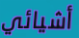
أشيائي